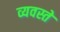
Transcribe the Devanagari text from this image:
व्यवस्ते